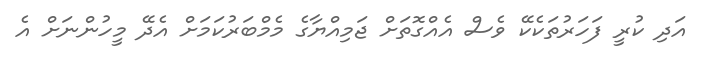
އަދި ކުރީ ފަހަރުތަކެކޭ ވެސް އެއްގޮތަށް ޖަމިއްޔާގެ މެމްބަރުކަމަށް އެދޭ މީހުންނަށް އެ